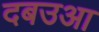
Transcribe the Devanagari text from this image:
दबउआ